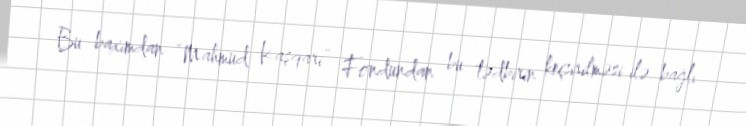
Bu baxımdan “Mahmud Kaşqari” Fondundan bu tədbirin keçirilməsi ilə bağlı